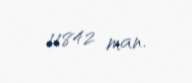
11842 man.